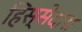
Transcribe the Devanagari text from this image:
हिस्सेदारा